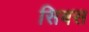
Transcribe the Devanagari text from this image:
सिबस